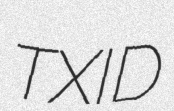
TXID